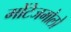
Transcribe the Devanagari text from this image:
मोंटेजमोलो